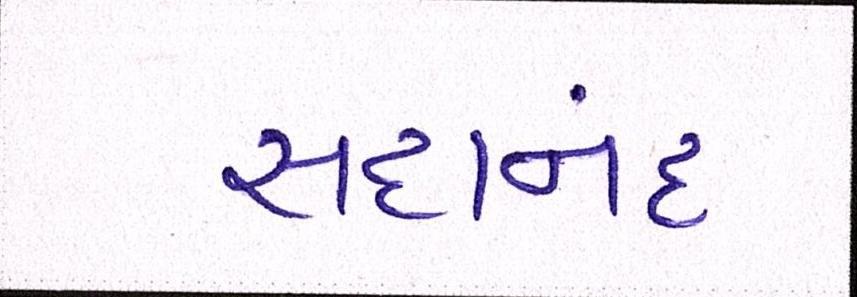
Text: સદાનંદ